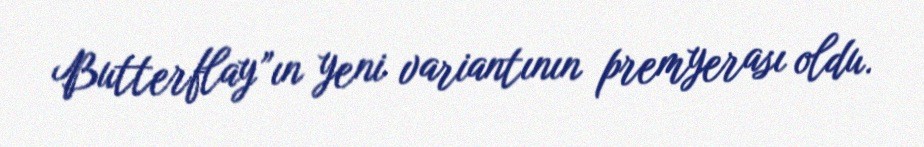
Butterflay”ın yeni variantının premyerası oldu.